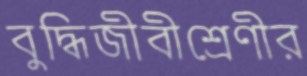
বুদ্ধিজীবীশ্রেণীর